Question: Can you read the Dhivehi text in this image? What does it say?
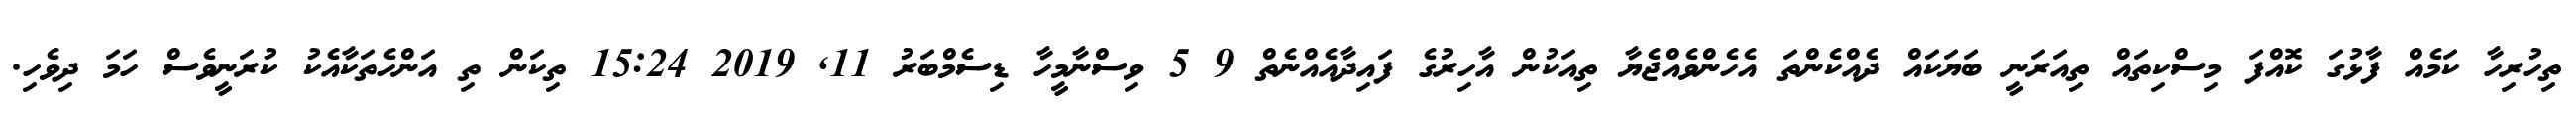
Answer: ތިހުރިހާ ކަމެއް ފާޅުގަ ކޮއްފަ މިސްކިތައް ތިއަރަނީ ބަޔަކައް ދެއްކެންތަ އެހެންވެއްޖެޔާ ތިއަކުން އާހިރުގެ ފައިދާއެއްނެތް 9 5 ވިސްނާމީހާ ޑިސެމްބަރު 11, 2019 15:24 ތިކަން ތި އަންހެތަކާއެކު ކުރަނީވެސް ހަމަ ދިވެހި.